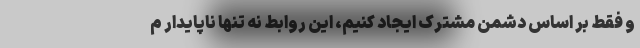
و فقط بر اساس دشمن مشترک ایجاد کنیم، این روابط نه تنها ناپایدار م